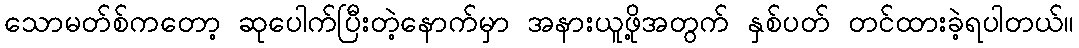
သောမတ်စ်ကတော့ ဆုပေါက်ပြီးတဲ့နောက်မှာ အနားယူဖို့အတွက် နှစ်ပတ် တင်ထားခဲ့ရပါတယ်။